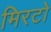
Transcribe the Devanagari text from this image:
मिरटो